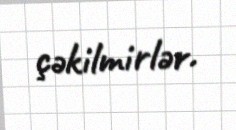
çəkilmirlər.